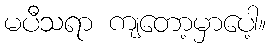
မပီသရာ ကျတော့မှာပေါ့။